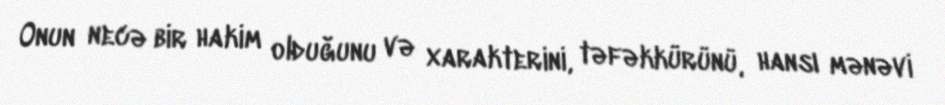
Onun necə bir hakim olduğunu və xarakterini, təfəkkürünü, hansı mənəvi